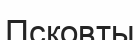
Псковты